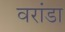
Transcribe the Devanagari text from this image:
वरांडा